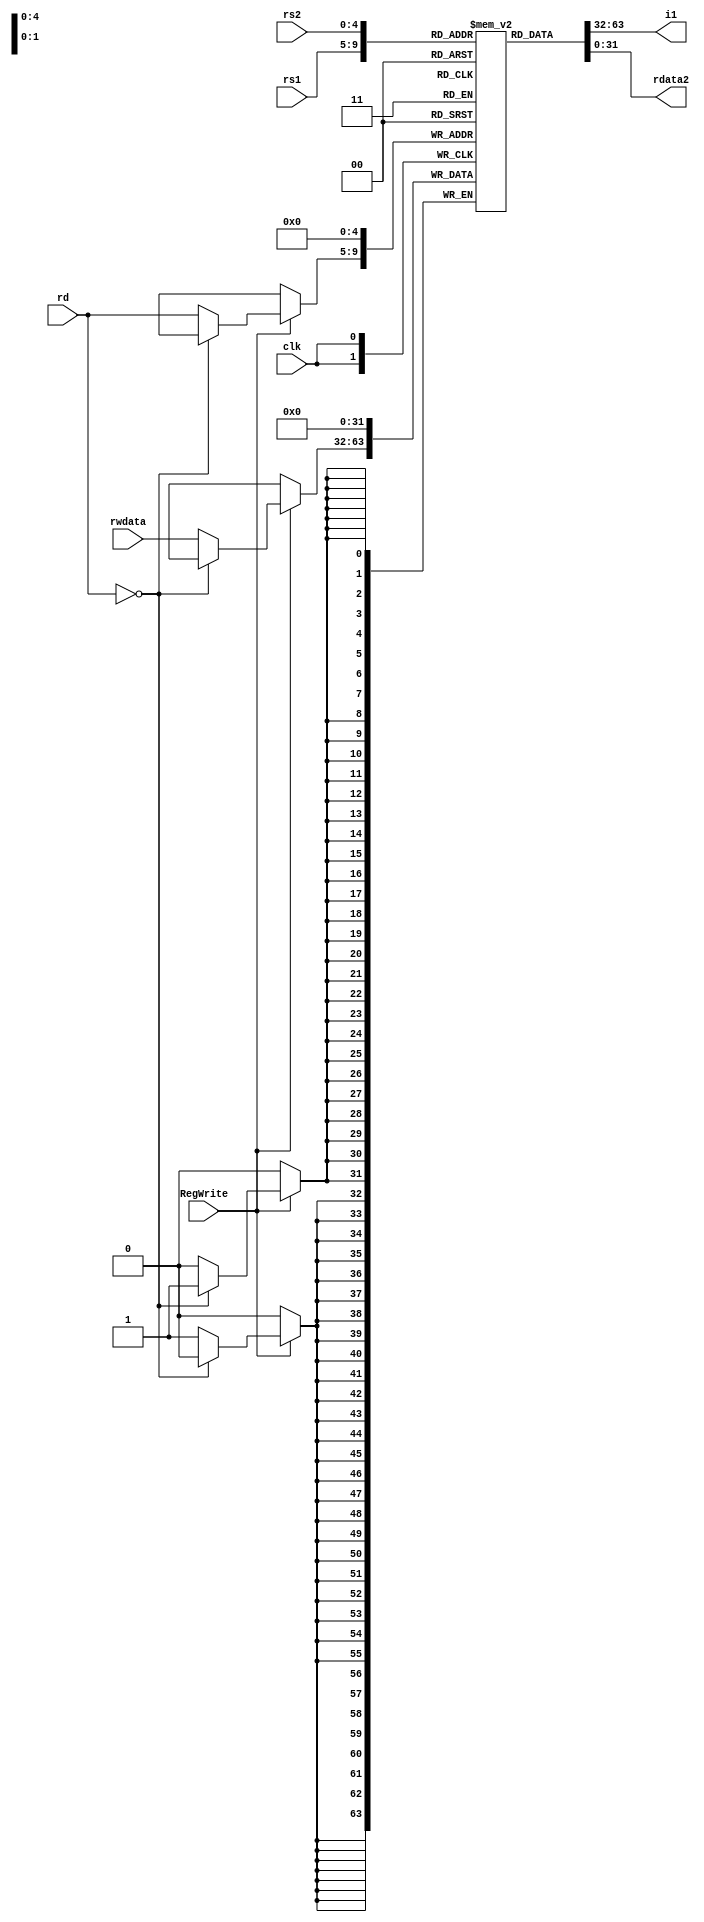
module regfile(
    input [4:0] rs1,     
    input [4:0] rs2,     
    input [4:0] rd,      
    input RegWrite, 
    input clk,
    input [31:0] rwdata,  
    output [31:0] i1,   //always goes into ALU
    output [31:0] rdata2  
);
    reg [31:0] regfile [0:31];  // 32 32bit registers
    
    integer i;
    initial begin       // Initail values in registers
        for(i=0; i<32; i=i+1) begin
            regfile[i] <= 32'b0;
    end
    end
    //Synchronous Write to reg
    always @(posedge clk) begin
        if(RegWrite) begin
            if(rd == 5'b0)  regfile[0] <= 32'b0;
            else  regfile[rd] <= rwdata;
        end
    end
    //Async read
    assign i1 = regfile[rs1];
    assign rdata2 = regfile[rs2];
endmodule